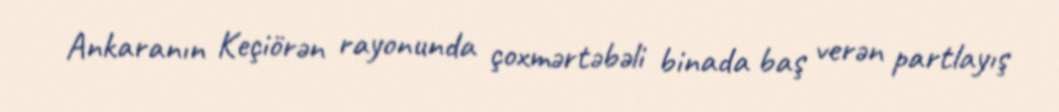
Ankaranın Keçiörən rayonunda çoxmərtəbəli binada baş verən partlayış